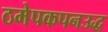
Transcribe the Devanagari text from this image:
ठमेपकपनउद्ध